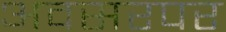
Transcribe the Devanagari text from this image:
अवसरपर